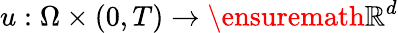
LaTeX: u:\Omega\times(0,T)\rightarrow\ensuremath{\mathbb{R}}^{d}